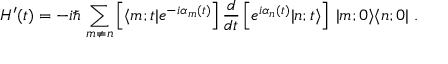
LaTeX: H ^ { \prime } ( t ) = - i \hbar \, \sum _ { m \neq n } \left[ \langle m ; t | e ^ { - i \alpha _ { m } ( t ) } \right] \frac { d } { d t } \left[ e ^ { i \alpha _ { n } ( t ) } | n ; t \rangle \right] \: | m ; 0 \rangle \langle n ; 0 | \; .